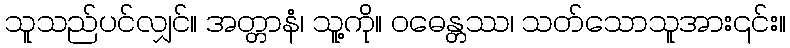
သူသည်ပင်လျှင်။ အတ္တာနံ၊ သူ့ကို။ ဝဓေန္တဿ၊ သတ်သောသူအား၎င်း။